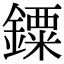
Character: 䥔